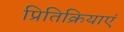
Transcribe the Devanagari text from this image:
प्रितिक्रियाएं